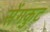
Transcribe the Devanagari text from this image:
सेंगकुट